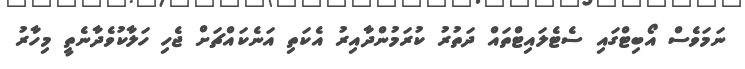
ނަމަވެސް އޯބިޓްގައި ސެޓެލައިޓްތައް ދަތުރު ކުރަމުންދާއިރު އެކަތި އަނެކައްޗަށް ޖެހި ހަލާކުވެދާނެތީ މިހާރު